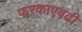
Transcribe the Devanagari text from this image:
फरकाएवढी